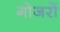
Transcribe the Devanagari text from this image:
गोजरों